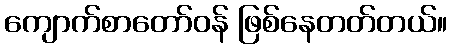
ကျောက်စာတော်ဝန် ဖြစ်နေတတ်တယ်။